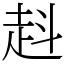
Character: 﨣